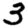
Digit: 3